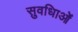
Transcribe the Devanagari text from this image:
सुवधिाओं